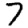
Digit: 7